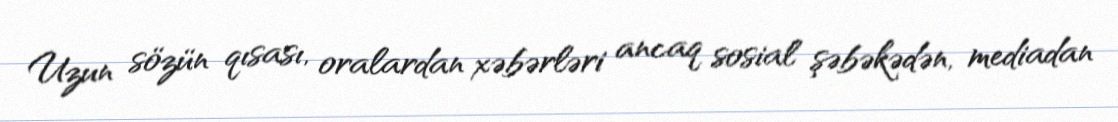
Uzun sözün qısası, oralardan xəbərləri ancaq sosial şəbəkədən, mediadan